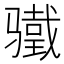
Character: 𬴋